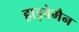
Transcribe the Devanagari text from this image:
हाइवेमैन